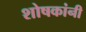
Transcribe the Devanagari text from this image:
शोषकांनी